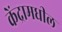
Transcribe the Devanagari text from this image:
केंद्रामधील